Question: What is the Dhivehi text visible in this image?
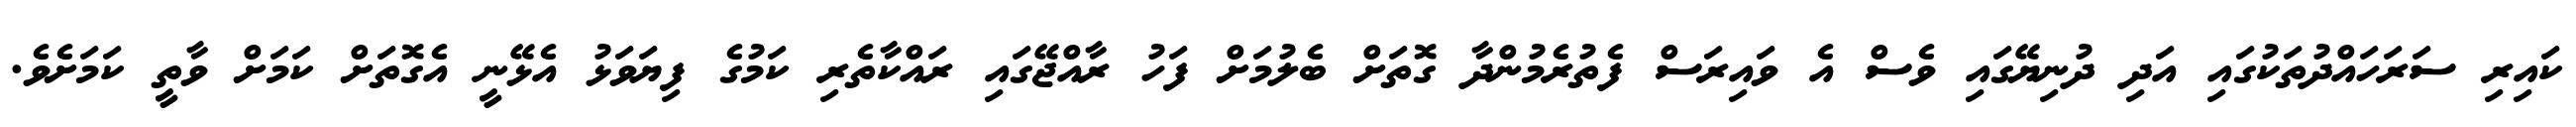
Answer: ކައިރި ސަރަހައްދުތަކުގައި އަދި ދުނިޔޭގައި ވެސް އެ ވައިރަސް ފެތުރެމުންދާ ގޮތަށް ބެލުމަށް ފަހު ރާއްޖޭގައި ރައްކާތެރި ކަމުގެ ފިޔަވަޅު އެޅޭނީ އެގޮތަށް ކަމަށް ވާތީ ކަމަށެވެ.